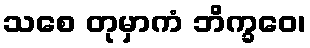
သစေ တုမှာကံ ဘိက္ခဝေ၊